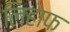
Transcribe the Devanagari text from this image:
लिहाफ